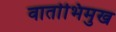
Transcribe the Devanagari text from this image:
वार्ताभिमुख